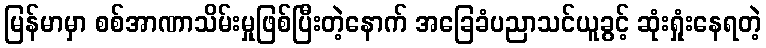
မြန်မာမှာ စစ်အာဏာသိမ်းမှုဖြစ်ပြီးတဲ့နောက် အခြေခံပညာသင်ယူခွင့် ဆုံးရှုံးနေရတဲ့